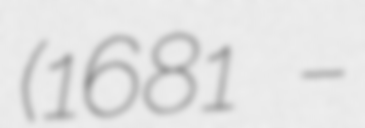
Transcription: (1681 –